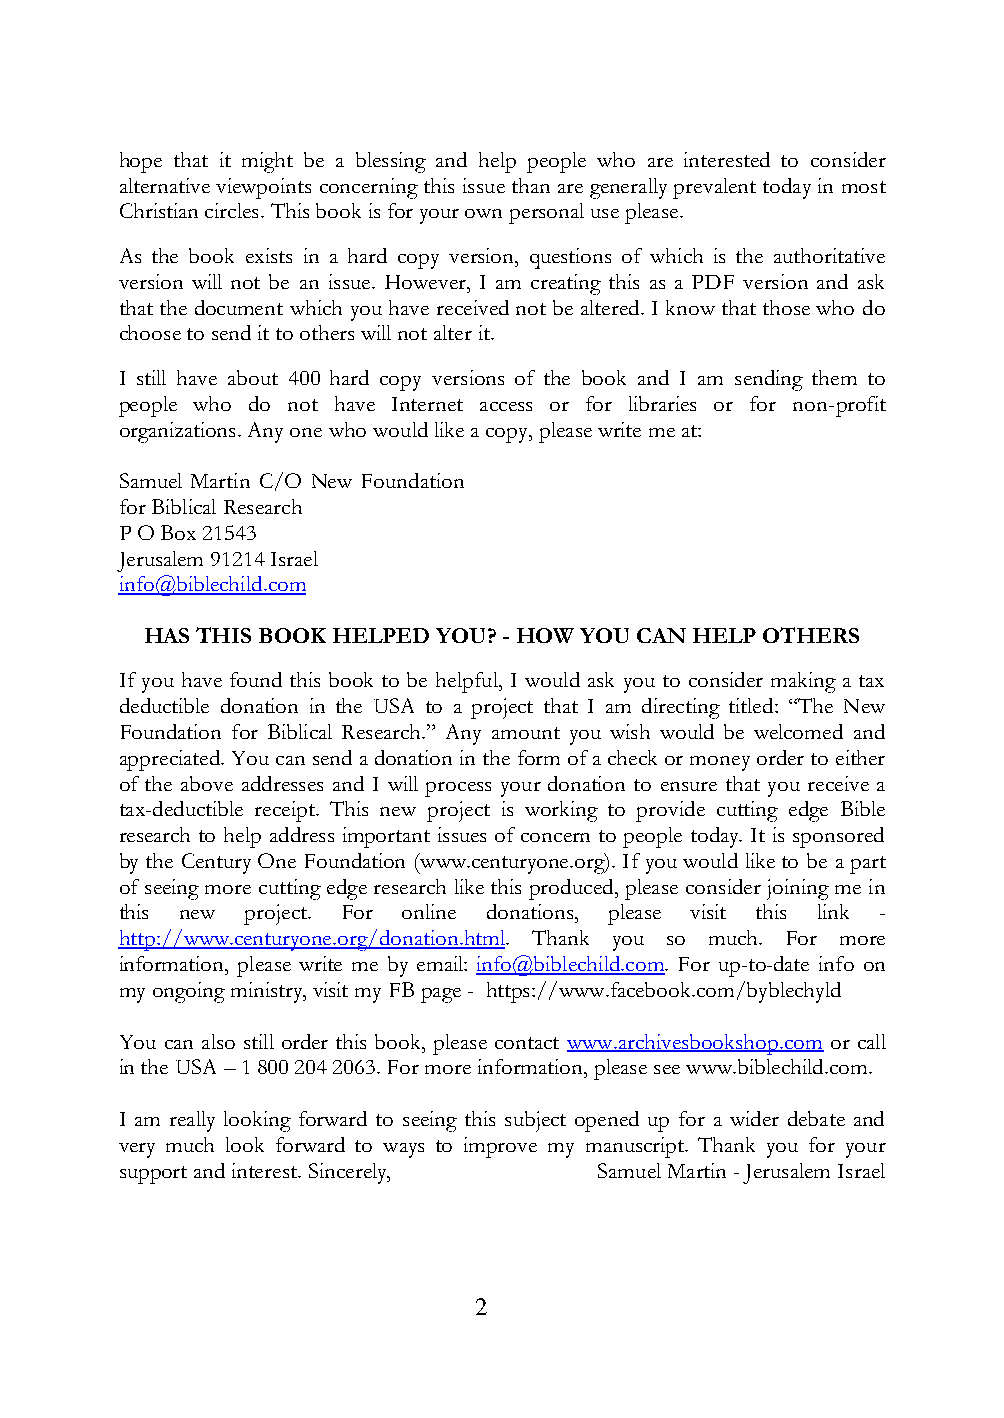
hope that it might be a blessing and help people who are interested to consider
 alternative viewpoints concerning this issue than are generally prevalent today in most
 Christian circles. This book is for your own personal use please.
 As the book exists in a hard copy version, questions of which is the authoritative
 version will not be an issue. However, I am creating this as a PDF version and ask
 that the document which you have received not be altered. I know that those who do
 choose to send it to others will not alter it.
 I still have about 400 hard copy versions of the book and I am sending them to
 people who do not have Internet access or for libraries or for non-profit
 organizations. Any one who would like a copy, please write me at:
 Samuel Martin C/O New Foundation
 for Biblical Research
 P O Box 21543
 Jerusalem 91214 Israel
 info@biblechild.com
 HAS THIS BOOK HELPED YOU? - HOW YOU CAN HELP OTHERS
 If you have found this book to be helpful, I would ask you to consider making a tax
 deductible donation in the USA to a project that I am directing titled: “The New
 Foundation for Biblical Research.” Any amount you wish would be welcomed and
 appreciated. You can send a donation in the form of a check or money order to either
 of the above addresses and I will process your donation to ensure that you receive a
 tax-deductible receipt. This new project is working to provide cutting edge Bible
 research to help address important issues of concern to people today. It is sponsored
 by the Century One Foundation (www.centuryone.org). If you would like to be a part
 of seeing more cutting edge research like this produced, please consider joining me in
 this new project. For online donations, please visit this link -
 http://www.centuryone.org/donation.html. Thank you so much. For more
 information, please write me by email: info@biblechild.com. For up-to-date info on
 my ongoing ministry, visit my FB page - https://www.facebook.com/byblechyld
 You can also still order this book, please contact www.archivesbookshop.com or call
 in the USA – 1 800 204 2063. For more information, please see www.biblechild.com.
 I am really looking forward to seeing this subject opened up for a wider debate and
 very much look forward to ways to improve my manuscript. Thank you for your
 support and interest. Sincerely, Samuel Martin - Jerusalem Israel
 2